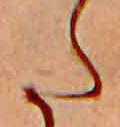
た